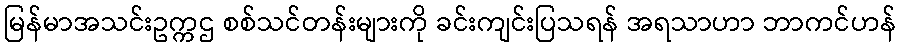
မြန်မာအသင်းဥက္ကဌ စစ်သင်တန်းများကို ခင်းကျင်းပြသရန် အရသာဟာ ဘာကင်ဟန်